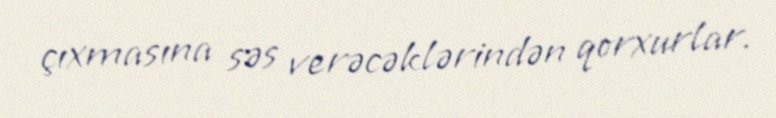
çıxmasına səs verəcəklərindən qorxurlar.